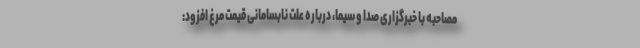
مصاحبه با خبرگزاری صدا و سیما، درباره علت نابسامانی قیمت مرغ افزود: